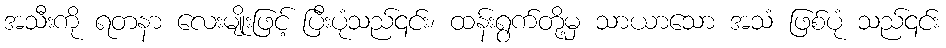
အသီးကို ရတနာ လေးမျိုးဖြင့် ပြီးပုံသည်၎င်း၊ ထန်းရွက်တို့မှ သာယာသော အသံ ဖြစ်ပုံ သည်၎င်း